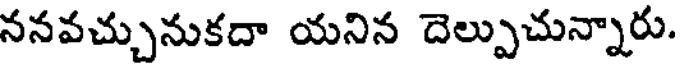
ననవచ్చునుకదా యనిన దెల్పుచున్నారు.